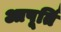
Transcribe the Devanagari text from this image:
आपूर्ति